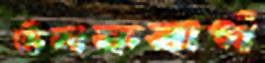
উলফবার্গ